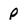
Character: p